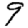
Digit: 9